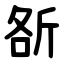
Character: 㪾